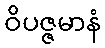
ဝိပဇ္ဇမာနံ